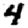
Digit: 4